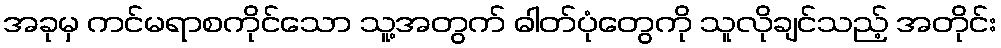
အခုမှ ကင်မရာစကိုင်သော သူ့အတွက် ဓါတ်ပုံတွေကို သူလိုချင်သည့် အတိုင်း